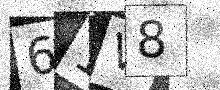
Text: 61V8